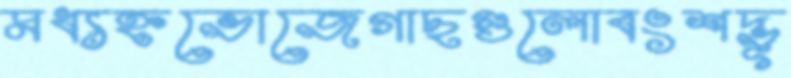
মধ্যহ্নভোজেগাছগুলোবংশদ্ভূ